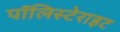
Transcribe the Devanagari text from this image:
पॉलिस्टेराइट